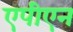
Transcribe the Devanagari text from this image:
एपीएन